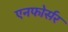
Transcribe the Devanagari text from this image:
एनफोर्सर